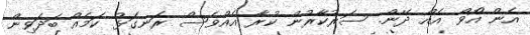
އެން އޯވް އެއް ދޭން. ސަރުކާރުން ކުރާ އެެއްވެސް ރަނގަޅު ކަމެއް ބަދަވިން